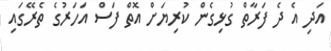
އަދި އެ ދެ ފަރާތް ގުޅިގެން ކުރިޔަށް އޮތް ފަސް އަހަރުގެ ތެރޭގައި